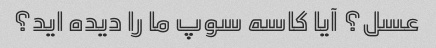
عسل؟ آیا کاسه سوپ ما را دیده اید؟